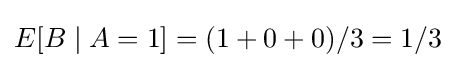
E[B\mid A=1]=(1+0+0)/3=1/3